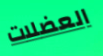
العضلات